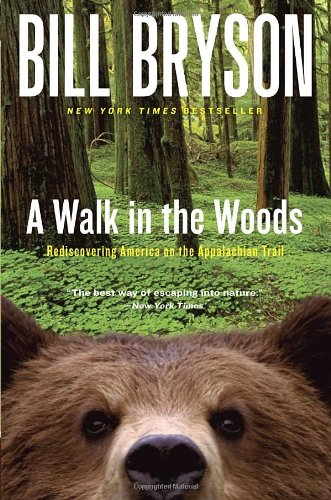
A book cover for A Walk in the Woods: Rediscovering America on the Appalachian Trail (Official Guides to the Appalachian Trail); Bill Bryson; Sports & Outdoors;